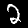
Label: 2